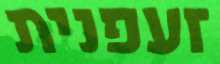
זעפנית